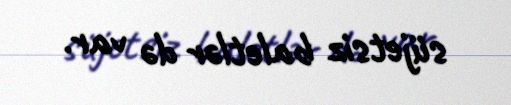
süjetsiz baletlər də var.